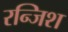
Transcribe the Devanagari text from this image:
रन्जिश